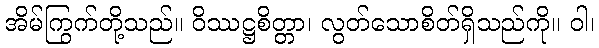
အိမ်ကြွက်တို့သည်။ ဝိဿဋ္ဌစိတ္တာ၊ လွတ်သောစိတ်ရှိသည်ကို။ ဝါ၊